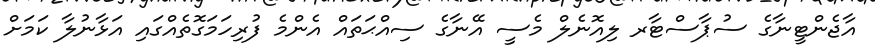
އާޖެންޓީނާގެ ސުޕާސްޓާރ ލިއޮނެލް މެސީ އޭނާގެ ސިއްޙަތައް އެންމެ ފުރިހަމަގޮތެއްގައި އަޅާނުލާ ކަމަށް